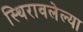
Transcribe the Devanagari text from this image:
स्थिरावलेल्या